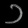
Digit: ၁